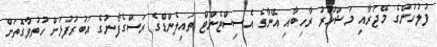
ފުލުހުންގެ މޭޖަރާއި މަޝްހޫރު ރާހިބާއި އޭނާގެ އެސިސްޓެންޓް ތައިލެންޑްގެ ރަސްގެފާނުގެ އަބުރުފުޅަށް ހުތުވާގޮތަށް